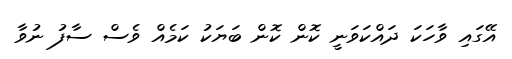
އޭގައި ވާހަކަ ދައްކަވަނީ ކޮން ކޮން ބަޔަކު ކަމެއް ވެސް ސާފު ނުވާ